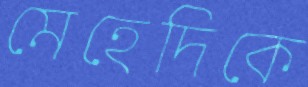
মেহেদিকে